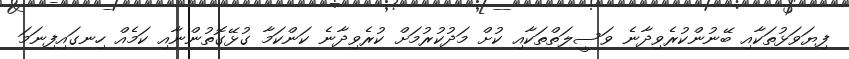
ފިޔަވަޅުތަކާއި ބޭނުންކުރެވިދާނެ ވަސީލަތްތަކާއި ކުށް މަދުކުރުމަށް ކުރެވިދާނެ ކަންކަމާ ގުޅޭގޮތުންނާއި ކަމެއް ހިނގައިފިނަމަ